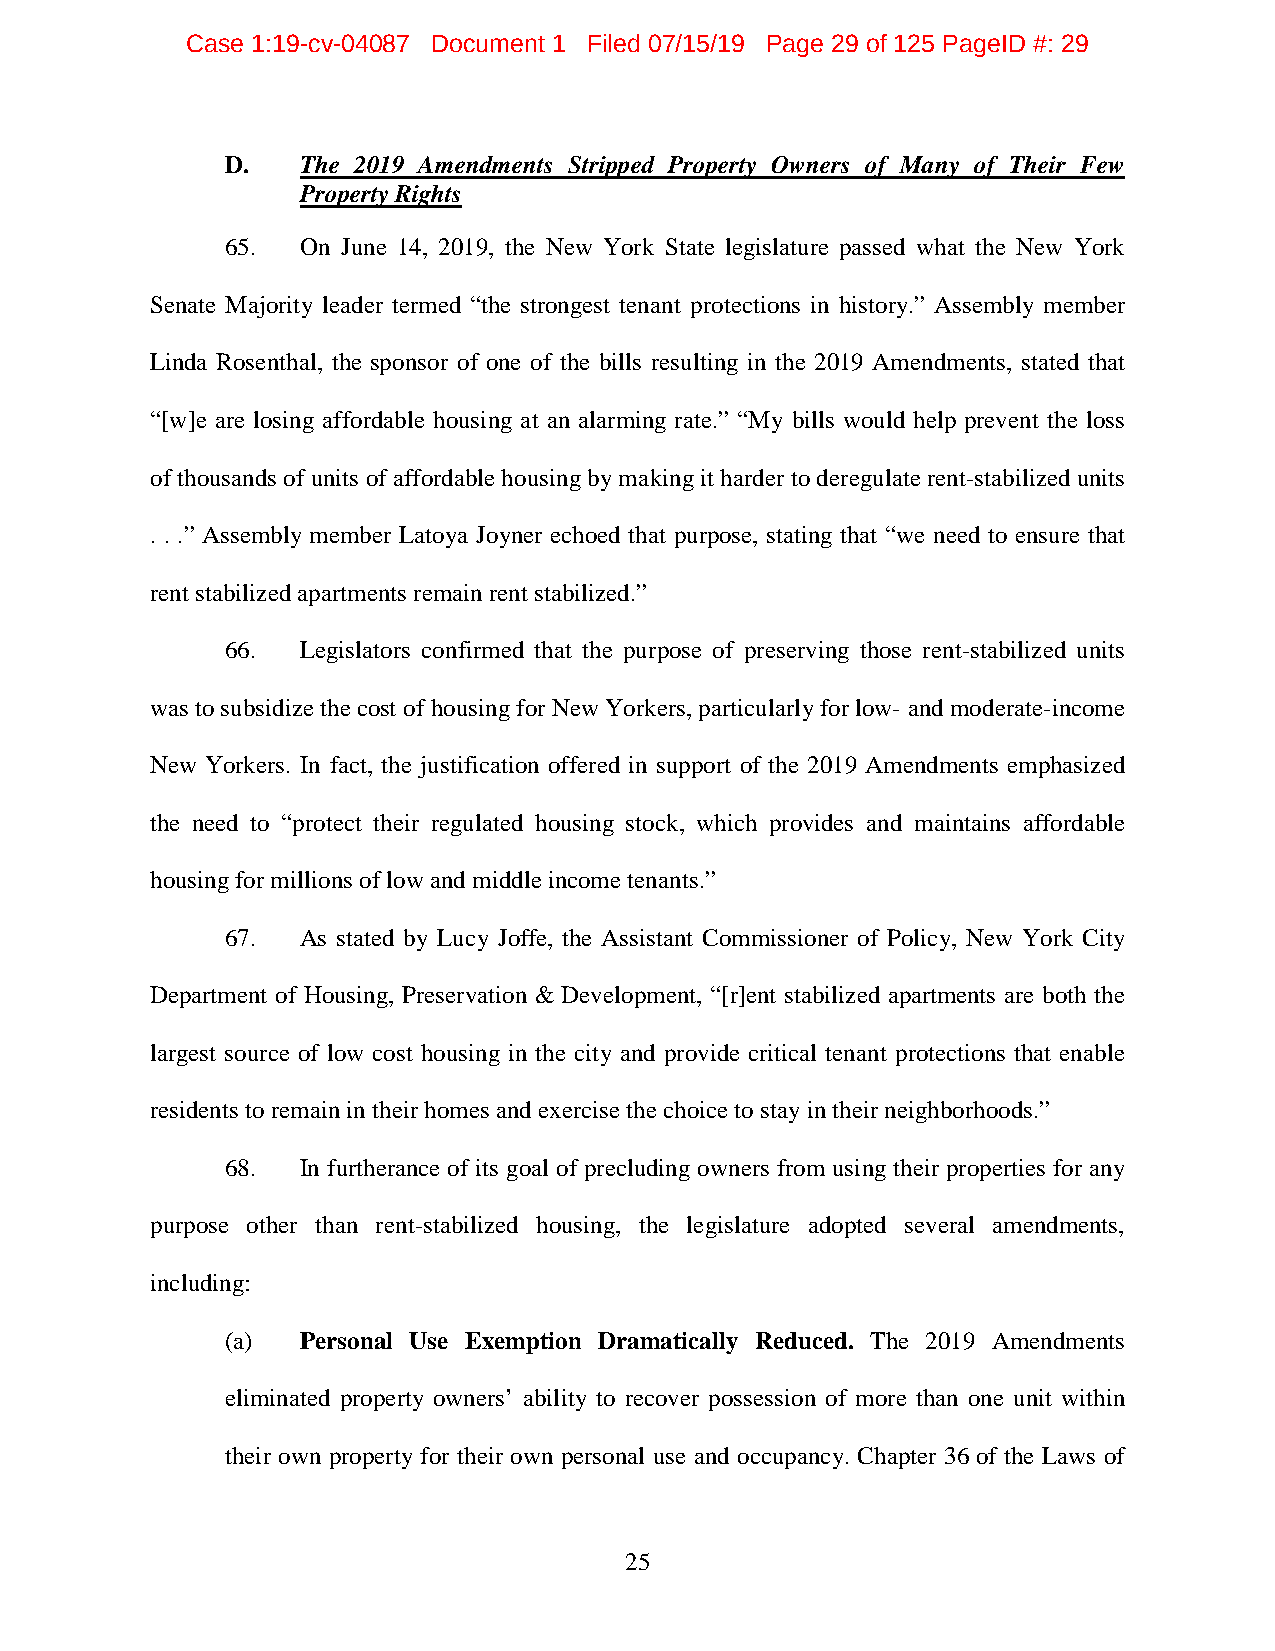
Case 1:19-cv-04087 Document 1 Filed 07/15/19 Page 29 of 125 PageID #: 29
 D.   The 2019 Amendments Stripped Property Owners of Many of Their Few
 Property Rights
 65.  On June 14, 2019, the New York State legislature passed what the New York
 Senate Majority leader termed “the strongest tenant protections in history.” Assembly member
 Linda Rosenthal, the sponsor of one of the bills resulting in the 2019 Amendments, stated that
 “[w]e are losing affordable housing at an alarming rate.” “My bills would help prevent the loss
 of thousands of units of affordable housing by making it harder to deregulate rent-stabilized units
 . . .” Assembly member Latoya Joyner echoed that purpose, stating that “we need to ensure that
 rent stabilized apartments remain rent stabilized.”
 66.  Legislators confirmed that the purpose of preserving those rent-stabilized units
 was to subsidize the cost of housing for New Yorkers, particularly for low- and moderate-income
 New Yorkers. In fact, the justification offered in support of the 2019 Amendments emphasized
 the need to “protect their regulated housing stock, which provides and maintains affordable
 housing for millions of low and middle income tenants.”
 67.  As stated by Lucy Joffe, the Assistant Commissioner of Policy, New York City
 Department of Housing, Preservation & Development, “[r]ent stabilized apartments are both the
 largest source of low cost housing in the city and provide critical tenant protections that enable
 residents to remain in their homes and exercise the choice to stay in their neighborhoods.”
 68.  In furtherance of its goal of precluding owners from using their properties for any
 purpose other than rent-stabilized housing, the legislature adopted several amendments,
 including:
 (a)  Personal Use Exemption Dramatically Reduced. The 2019 Amendments
 eliminated property owners’ ability to recover possession of more than one unit within
 their own property for their own personal use and occupancy. Chapter 36 of the Laws of
 25